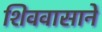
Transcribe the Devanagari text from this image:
शिववासाने